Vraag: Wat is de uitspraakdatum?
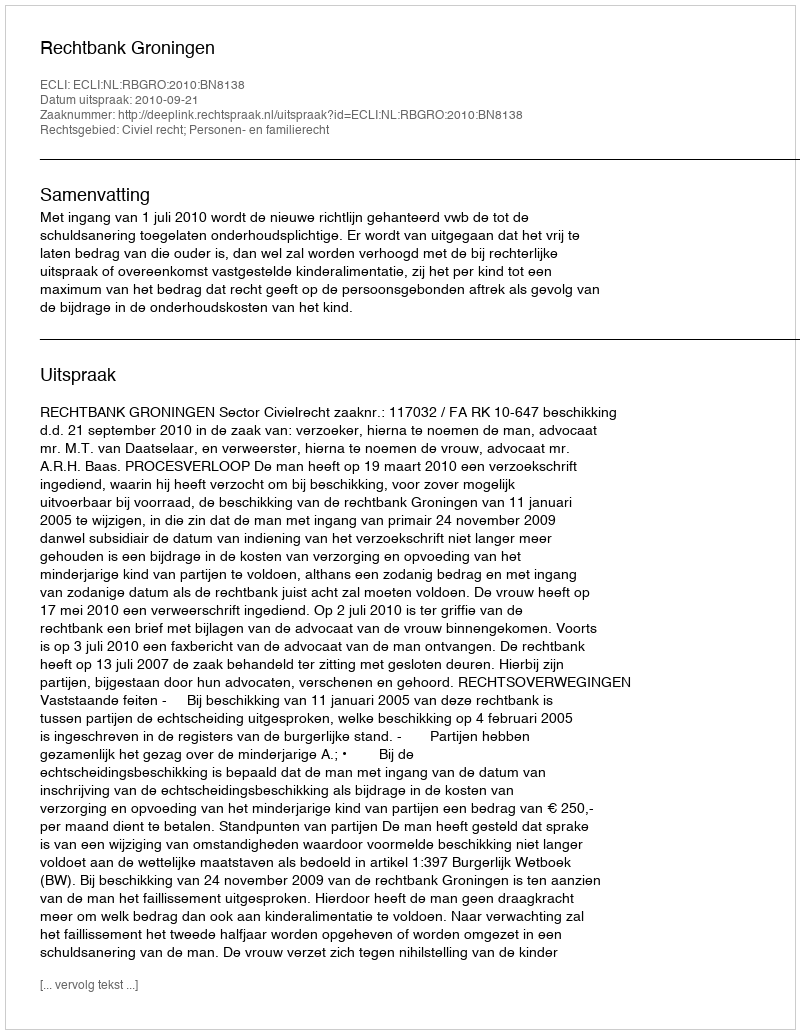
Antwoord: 2010-09-21